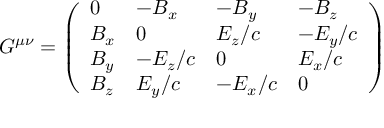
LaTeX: G ^ { \mu \nu } = { \left( \begin{array} { l l l l } { 0 } & { - B _ { x } } & { - B _ { y } } & { - B _ { z } } \\ { B _ { x } } & { 0 } & { E _ { z } / c } & { - E _ { y } / c } \\ { B _ { y } } & { - E _ { z } / c } & { 0 } & { E _ { x } / c } \\ { B _ { z } } & { E _ { y } / c } & { - E _ { x } / c } & { 0 } \end{array} \right) }